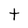
Character: t